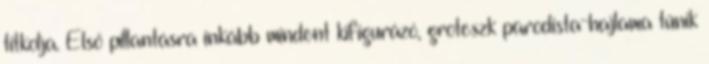
titkolja. Első pillantásra inkább mindent kifigurázó, groteszk parodista-hajlama tűnik